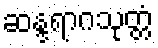
ဆန္ဒရာဂသုတ္တံ